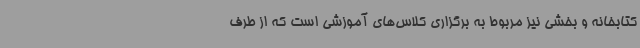
کتابخانه و بخشی نیز مربوط به برگزاری کلاس‌های آموزشی است که از طرف